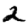
Digit: 2